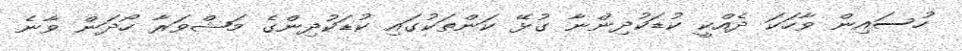
ހުސައިން ވާހަކަ ދެއްކީ ކުޑަކުދިންނާ ގުޅޭ ކަންތަކުގައި ކުޑަކުދިންގެ މަޝްވަރާ ހޯދަން ވާނެ